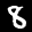
Label: 8